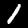
Label: 1